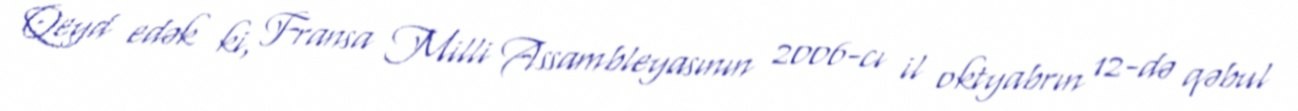
Qeyd edək ki, Fransa Milli Assambleyasının 2006-cı il oktyabrın 12-də qəbul